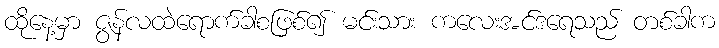
ထိုနေ့မှာ ဇွန်လထဲရောက်ခါစဖြစ်၍ မင်းသား ကလေးအင်ဒရေသည် တစ်ခါက